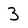
Character: 3